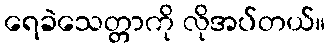
ရေခဲသေတ္တာကို လိုအပ်တယ်။